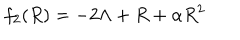
f _ { 2 } ( R ) = - 2 \Lambda + R + \alpha R ^ { 2 }